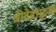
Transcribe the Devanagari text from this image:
श्रीदेवभट्टजी